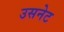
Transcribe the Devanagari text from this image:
उसनेट